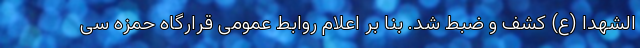
الشهدا (ع) کشف و ضبط شد. بنا بر اعلام روابط عمومی قرارگاه حمزه سی